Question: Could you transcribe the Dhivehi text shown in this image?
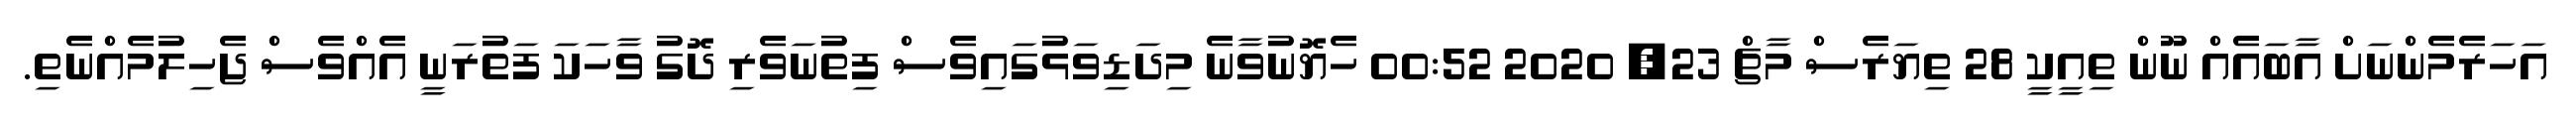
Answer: އަހަރެމެންނަށް އާބައެއް ނޫން ތިއީކީ 28 ތިޔަރެސް މާޗް 23, 2020 00:52 ހެޔޮނުވާނެ މިދަޑިވަޅުގައިވެސް ފިތުނަވެރި ދޮގު ވާހަކަ ފަތުރަނީ އެއްވެސް ޖެހިލުމެއްނެތި.